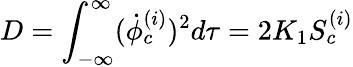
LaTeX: D=\int_{-\infty}^{\infty}({\dot{\phi}}_{c}^{(i)})^{2}d\tau=2K_{1}S_{c}^{(i)}